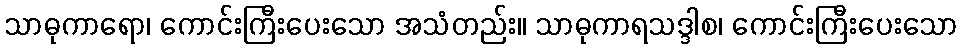
သာဓုကာရော၊ ကောင်းကြီးပေးသော အသံတည်း။ သာဓုကာရသဒ္ဒါစ၊ ကောင်းကြီးပေးသော